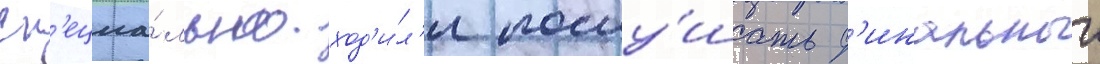
сп'ециа́льно ход'и́л'и послу́шать ф'инальныи